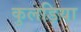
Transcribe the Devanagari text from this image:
कुलड़िया